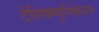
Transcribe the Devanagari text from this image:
टेलिक्म्युनिकेशन